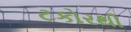
ટકોરથી